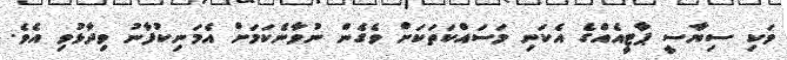
ވަކި ސިޔާސީ ޕާޓީއެއްގެ އެކަނި މަސައްކަތަކަށް ވެގެން ނުވާނެކަމަށް އެމަނިކުފާނު ވިދާޅުވި އެވެ.